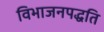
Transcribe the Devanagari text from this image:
विभाजनपद्धति